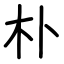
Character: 朴